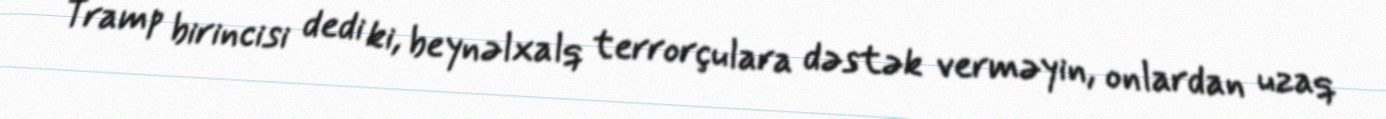
Tramp birincisi dedi ki, beynəlxalq terrorçulara dəstək verməyin, onlardan uzaq